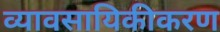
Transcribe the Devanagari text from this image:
व्यावसायिकीकरण